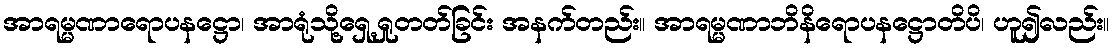
အာရမ္မဏာရောပနဋ္ဌော၊ အာရုံသို့ရှေ့ရှုတတ်ခြင်း အနက်တည်း။ အာရမ္မဏာဘိနိရောပနဋ္ဌောတိပိ၊ ဟူ၍လည်း။